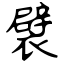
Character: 襞